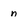
Character: n